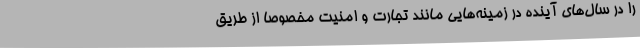
را در سال‌های آینده در زمینه‌هایی مانند تجارت و امنیت مخصوصا از طریق